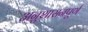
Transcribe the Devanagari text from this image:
अनुशासनपूर्ण